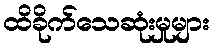
ထိခိုက်သေဆုံးမှုများ